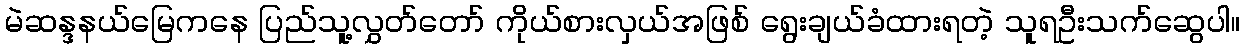
မဲဆန္ဒနယ်မြေကနေ ပြည်သူ့လွှတ်တော် ကိုယ်စားလှယ်အဖြစ် ရွေးချယ်ခံထားရတဲ့ သူရဦးသက်ဆွေပါ။